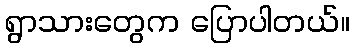
ရွာသားတွေက ပြောပါတယ်။